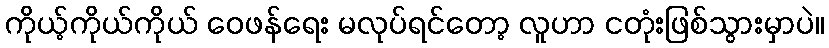
ကိုယ့်ကိုယ်ကိုယ် ဝေဖန်ရေး မလုပ်ရင်တော့ လူဟာ ငတုံးဖြစ်သွားမှာပဲ။